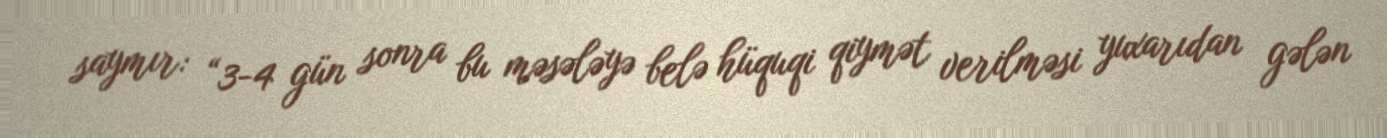
saymır: “3-4 gün sonra bu məsələyə belə hüquqi qiymət verilməsi yuxarıdan gələn